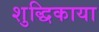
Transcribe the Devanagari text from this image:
शुद्धिकाया